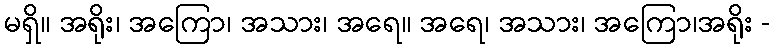
မရှိ။ အရိုး၊ အကြော၊ အသား၊ အရေ။ အရေ၊ အသား၊ အကြော၊အရိုး -